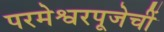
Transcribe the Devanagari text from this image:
परमेश्वरपूजेचीं